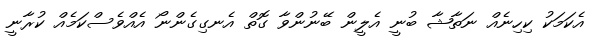
އެކަމަކު ކިހިނެއް ނަތާޝާ ބުނީ އެލީން ބޭނުންވާ ގޮތް އެނގިގެންނޯ އެއްވެސްކަމެއް ކުރާނީ